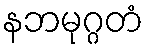
နဘမုဂ္ဂတံ